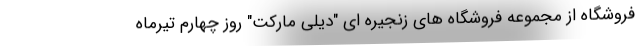
فروشگاه از مجموعه فروشگاه های زنجیره ای "دیلی مارکت" روز چهارم تیرماه